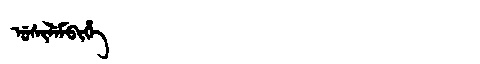
Manchu: ᡠᠰᡳᠯᡝᠮᠪᡳᡥᡝ
Romanization: USILEMBIHE